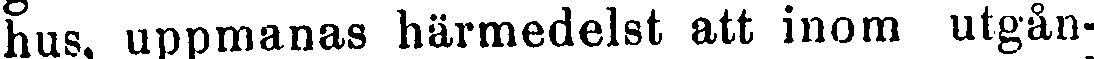
hus, uppmanas härmedelst att inom utgån-